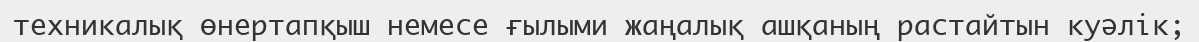
техникалық өнертапқыш немесе ғылыми жаңалық ашқаның растайтын куәлік;